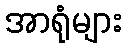
အာရုံများ